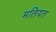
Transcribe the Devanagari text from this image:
मलियत